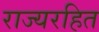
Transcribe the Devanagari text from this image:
राज्यरहित